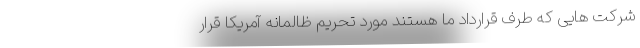
شرکت هایی که طرف قرارداد ما هستند مورد تحریم ظالمانه آمریکا قرار